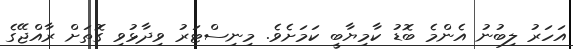
އަހަރު ލިބުނު އެންމެ ބޮޑު ކާމިޔާބީ ކަމަށެވެ. މިނިސްޓަރު ވިދާޅުވި ގޮތަށް ރާއްޖޭގެ